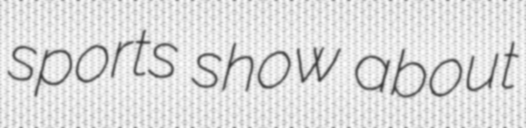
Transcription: sports show about